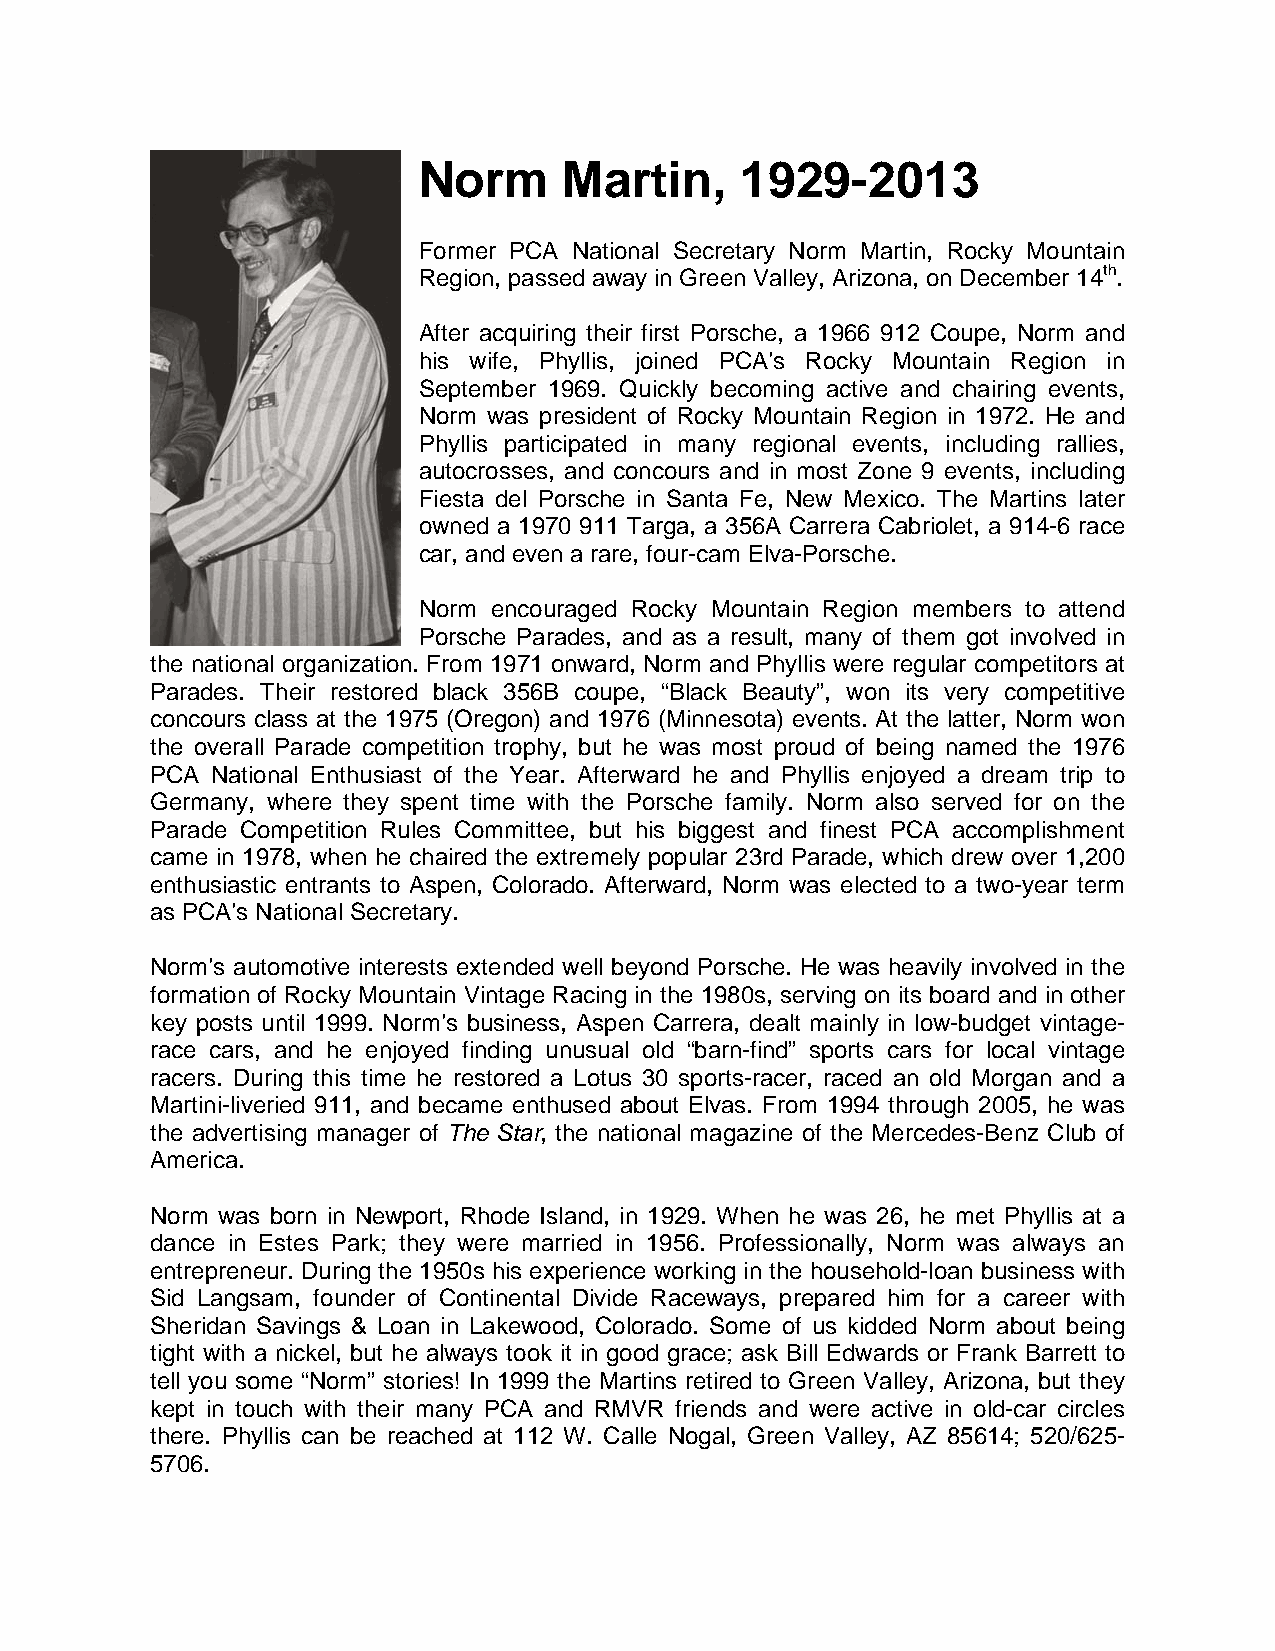
Norm     Martin,     1929-2013
 Former PCA National Secretary Norm Martin, Rocky Mountain
 Region, passed away in Green Valley, Arizona, on December 14th.
 After acquiring their first Porsche, a 1966 912 Coupe, Norm and
 his wife, Phyllis, joined PCA’s Rocky Mountain Region in
 September 1969. Quickly becoming active and chairing events,
 Norm was president of Rocky Mountain Region in 1972. He and
 Phyllis participated in many regional events, including rallies,
 autocrosses, and concours and in most Zone 9 events, including
 Fiesta del Porsche in Santa Fe, New Mexico. The Martins later
 owned a 1970 911 Targa, a 356A Carrera Cabriolet, a 914-6 race
 car, and even a rare, four-cam Elva-Porsche.
 Norm encouraged Rocky Mountain Region members to attend
 Porsche Parades, and as a result, many of them got involved in
 the national organization. From 1971 onward, Norm and Phyllis were regular competitors at
 Parades. Their restored black 356B coupe, “Black Beauty”, won its very competitive
 concours class at the 1975 (Oregon) and 1976 (Minnesota) events. At the latter, Norm won
 the overall Parade competition trophy, but he was most proud of being named the 1976
 PCA National Enthusiast of the Year. Afterward he and Phyllis enjoyed a dream trip to
 Germany, where they spent time with the Porsche family. Norm also served for on the
 Parade Competition Rules Committee, but his biggest and finest PCA accomplishment
 came in 1978, when he chaired the extremely popular 23rd Parade, which drew over 1,200
 enthusiastic entrants to Aspen, Colorado. Afterward, Norm was elected to a two-year term
 as PCA’s National Secretary.
 Norm’s automotive interests extended well beyond Porsche. He was heavily involved in the
 formation of Rocky Mountain Vintage Racing in the 1980s, serving on its board and in other
 key posts until 1999. Norm’s business, Aspen Carrera, dealt mainly in low-budget vintage-
 race cars, and he enjoyed finding unusual old “barn-find” sports cars for local vintage
 racers. During this time he restored a Lotus 30 sports-racer, raced an old Morgan and a
 Martini-liveried 911, and became enthused about Elvas. From 1994 through 2005, he was
 the advertising manager of The Star, the national magazine of the Mercedes-Benz Club of
 America.
 Norm was born in Newport, Rhode Island, in 1929. When he was 26, he met Phyllis at a
 dance in Estes Park; they were married in 1956. Professionally, Norm was always an
 entrepreneur. During the 1950s his experience working in the household-loan business with
 Sid Langsam, founder of Continental Divide Raceways, prepared him for a career with
 Sheridan Savings & Loan in Lakewood, Colorado. Some of us kidded Norm about being
 tight with a nickel, but he always took it in good grace; ask Bill Edwards or Frank Barrett to
 tell you some “Norm” stories! In 1999 the Martins retired to Green Valley, Arizona, but they
 kept in touch with their many PCA and RMVR friends and were active in old-car circles
 there. Phyllis can be reached at 112 W. Calle Nogal, Green Valley, AZ 85614; 520/625-
 5706.